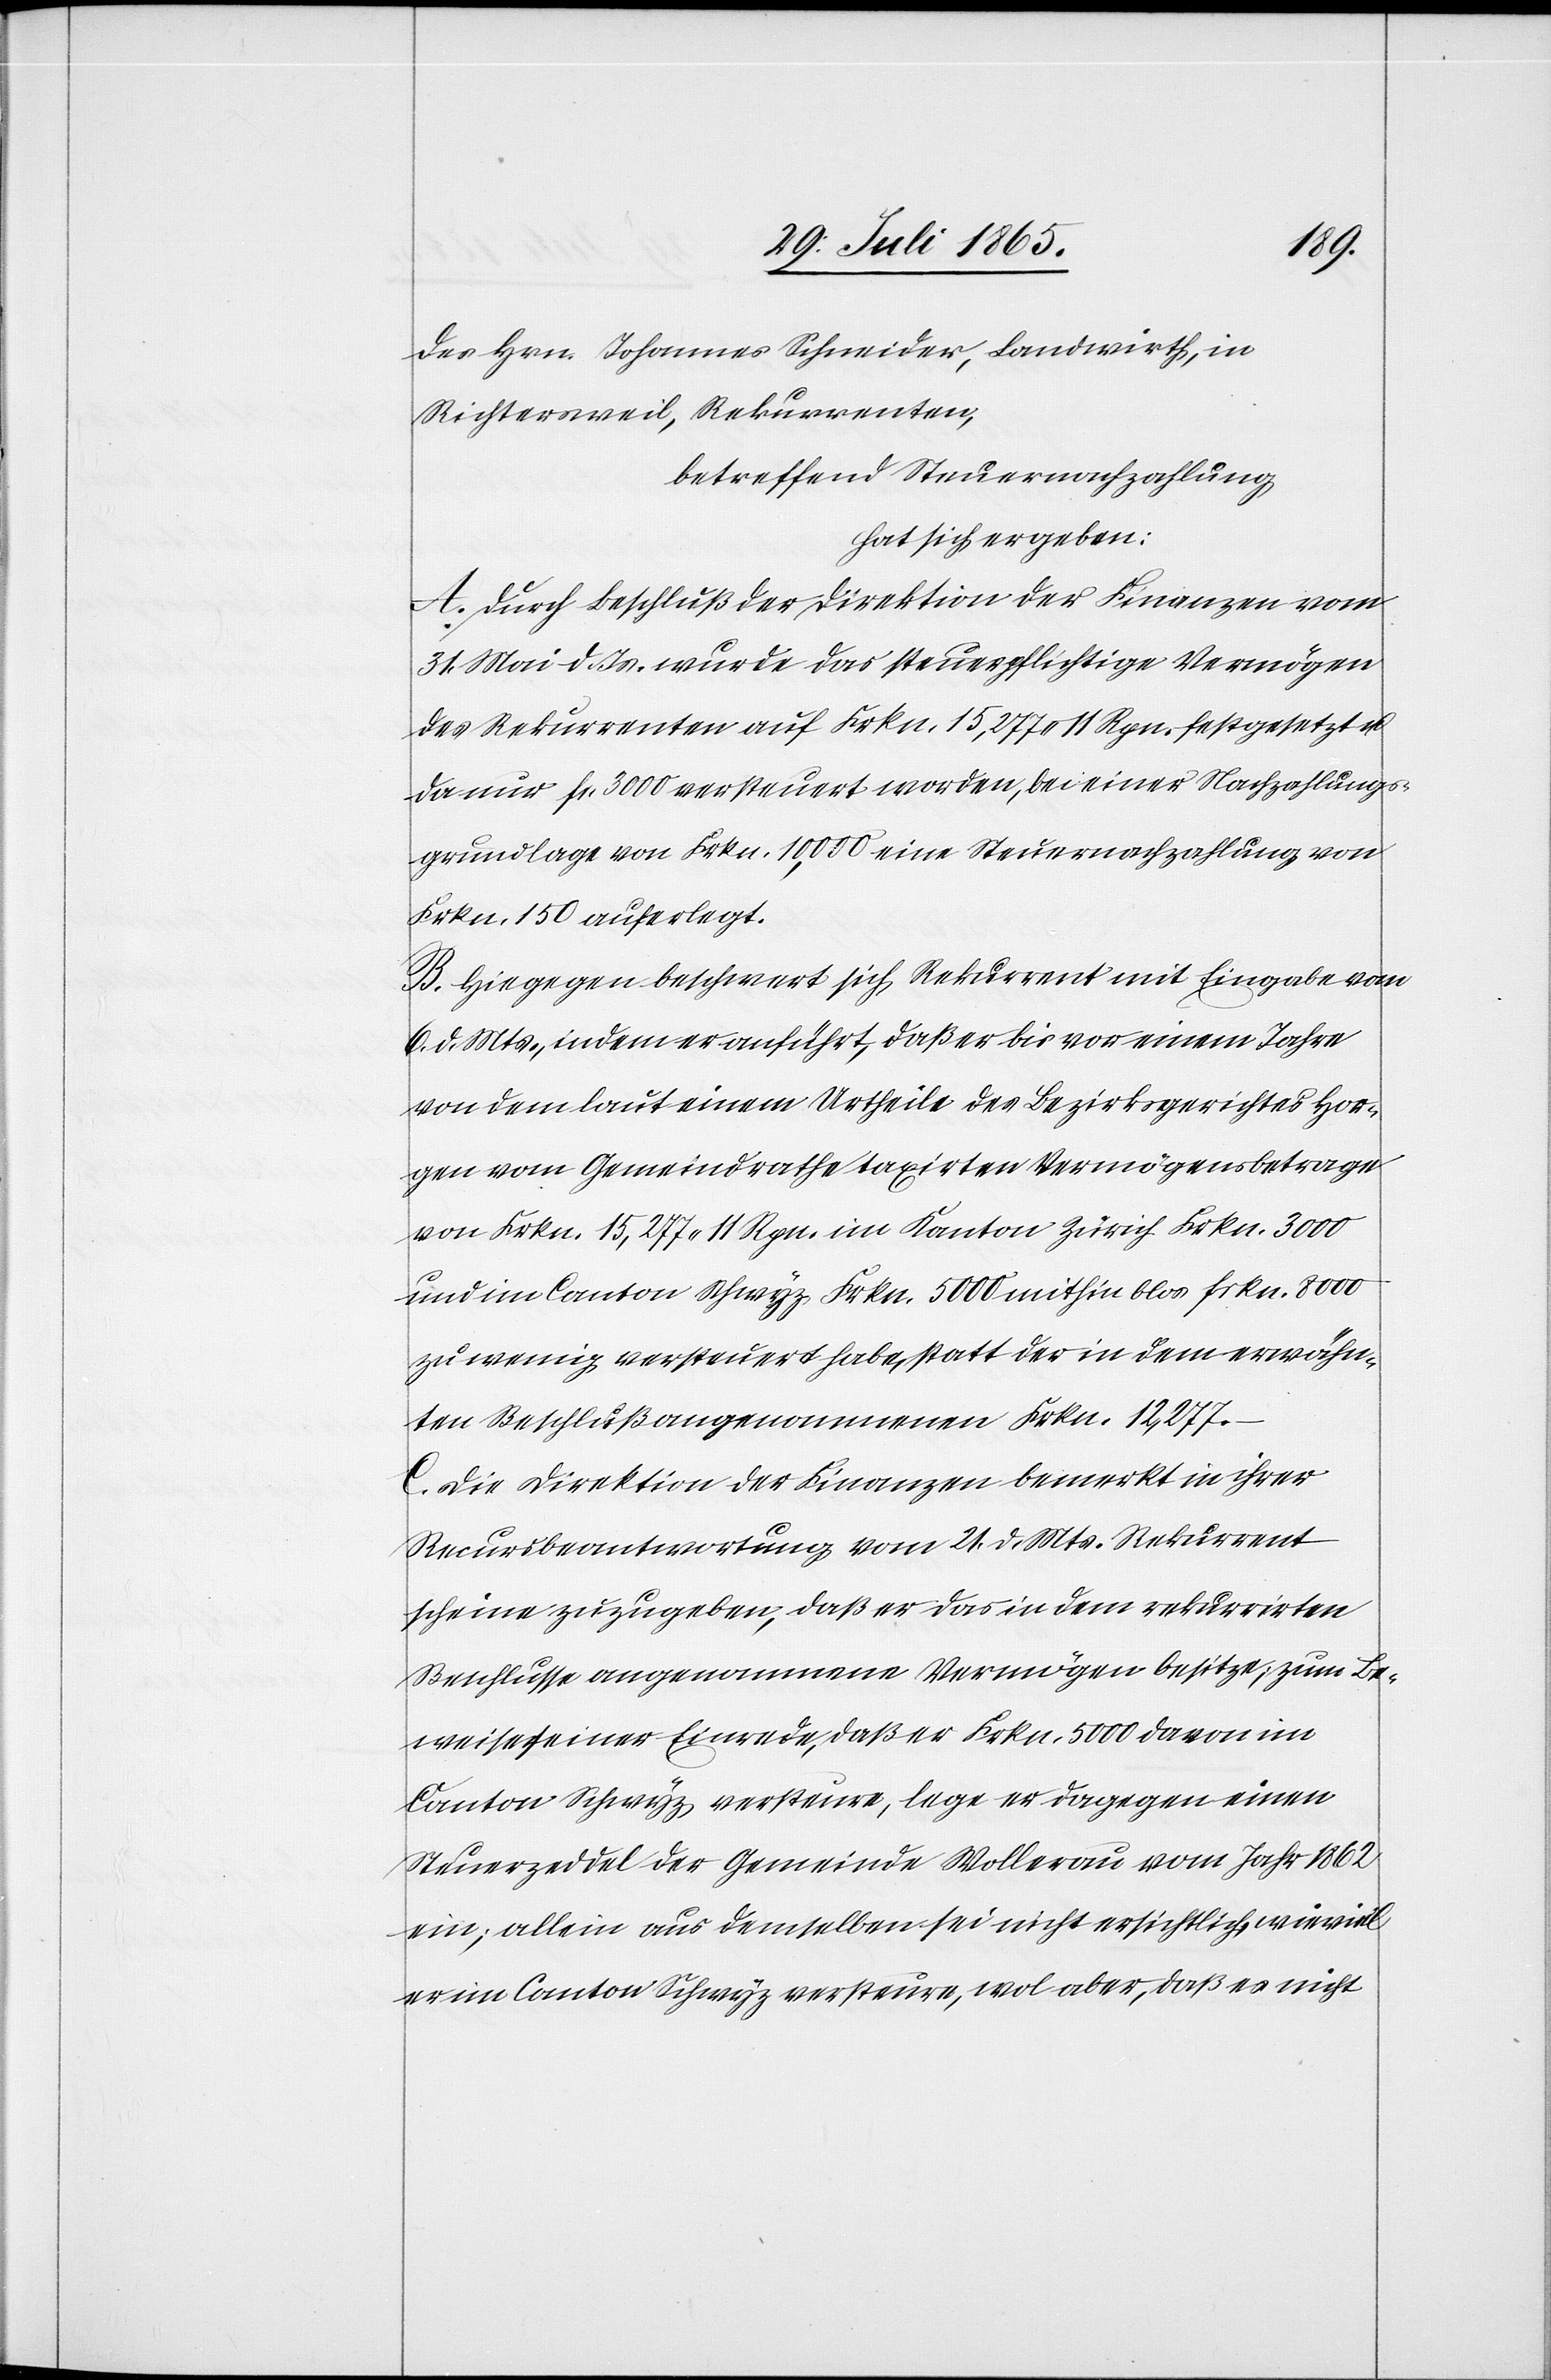
des Hrn. Johannes Schneider, Landwirth, in
Richtersweil, Rekurrenten,
betreffend Steuernachzahlung
hat sich ergeben:
A. Durch Beschluß der Direktion der Finanzen vom
31. Mai d. Js. wurde das steuerpflichtige Vermögen
des Rekurrenten auf Frkn. 15,277.11 Rpn. festgesetzt u.
da nur fr. 3000 versteuert worden, bei einer Nachzahlungs¬
grundlage von Frkn. 10,000 eine Steuernachzahlung von
B. Hiegegen beschwert sich Rekurrent mit Eingabe vom
6. d. Mts., indem er anführt, daß er bis vor einem Jahre
von dem laut einem Urtheile des Bezirksgerichtes Hor¬
gen vom Gemeindrathe taxirten Vermögensbetrage
von Frkn. 15,277.11 Rpn. im Kanton Zürich Frkn. 3000
150.
und im Canton Schwyz Frkn.5000 mithin blos frkn. 8000
zu wenig versteuert habe, statt der in dem erwähn¬
ten Beschluß angenommenen Frkn. 12,277.
C. Die Direktion der Finanzen bemerkt in ihrer
Recursbeantwortung vom 21. d. Mts. Rekurrent
scheine zuzugeben, daß er das in dem rekurrirten
Beschlusse angenommene Vermögen besitze; zum Be¬
weise seiner Einrede, daß er Frkn. 5000 davon im
Canton Schwyz versteure, lege er dagegen einen
Steuerzeddel der Gemeinde Wollerau vom Jahr 1862
ein; allein aus demselben sei nicht ersichtlich, wieviel
er im Canton Schwyz versteuere, wol aber, daß es nicht